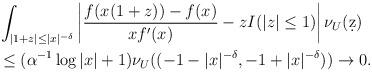
LaTeX: \begin{align*}& \int_{|1+z| \leq |x|^{-\delta} } \left| \frac{f(x(1+z)) - f(x)}{x f'(x)} - z I(|z| \leq 1)\right| \nu_U(\d z) \\& \leq (\alpha^{-1} \log |x| + 1) \nu_U ((-1-|x|^{-\delta}, -1+|x|^{-\delta})) \to 0.\end{align*}